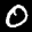
Label: 0